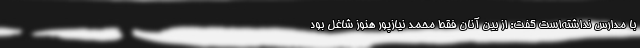
با مدارس نداشته‌است گفت: از بین آنان فقط محمد نیازپور هنوز شاغل بود